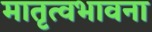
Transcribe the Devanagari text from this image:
मातृत्वभावना